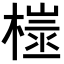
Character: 𪳢